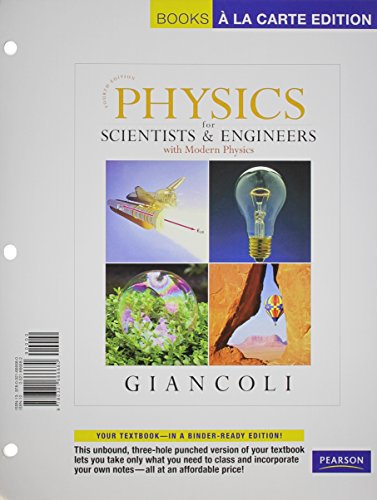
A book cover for Physics for Scientists and Engineers, Books a la Carte Edition (4th Edition); Douglas C. Giancoli; Science & Math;